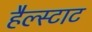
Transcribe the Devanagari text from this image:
हैल्स्टाट